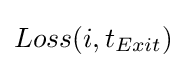
Loss(i,t_{Exit})